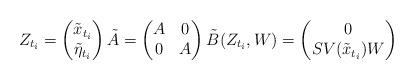
LaTeX: \begin{gather*}Z_{t_{i}} = \begin{pmatrix}\tilde x_{t_{i}} \\ \tilde \eta_{t_{i}}\end{pmatrix} \tilde A = \begin{pmatrix}A &0\\0 & A \end{pmatrix} \tilde B(Z_{t_i}, W) = \begin{pmatrix}0 \\S V(\tilde x_{t_{i}}) W\end{pmatrix} \end{gather*}